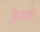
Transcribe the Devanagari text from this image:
बिराजते